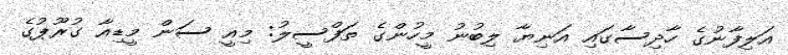
އަލިފާނުގެ ހާދިސާގައި އަނިޔާ ލިބުނު މީހުންގެ ތަފްސީލު: މިއީ ސަން މީޑިއާ ގުރޫޕުގެ